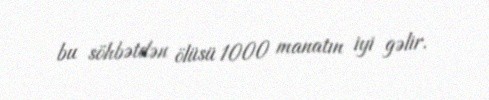
bu söhbətdən ölüsü 1000 manatın iyi gəlir.